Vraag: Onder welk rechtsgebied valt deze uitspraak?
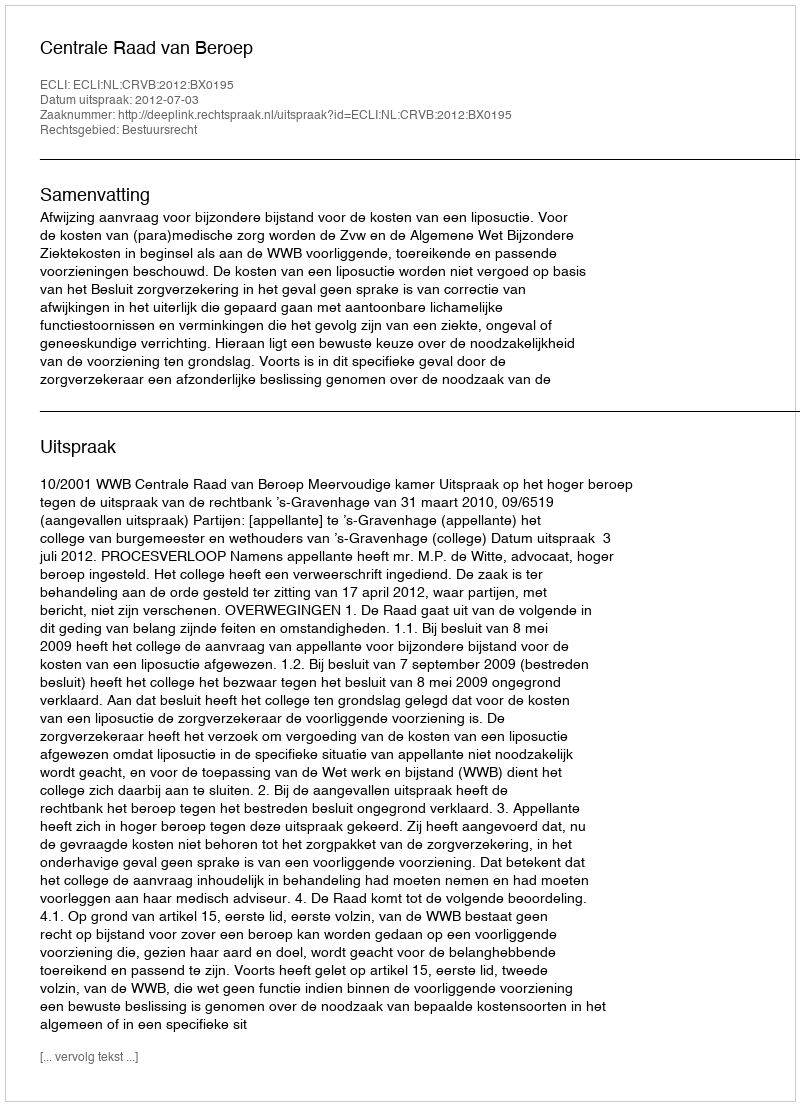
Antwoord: Bestuursrecht